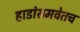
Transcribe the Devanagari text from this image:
हाडांसमवेतच